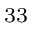
_ { 3 3 }